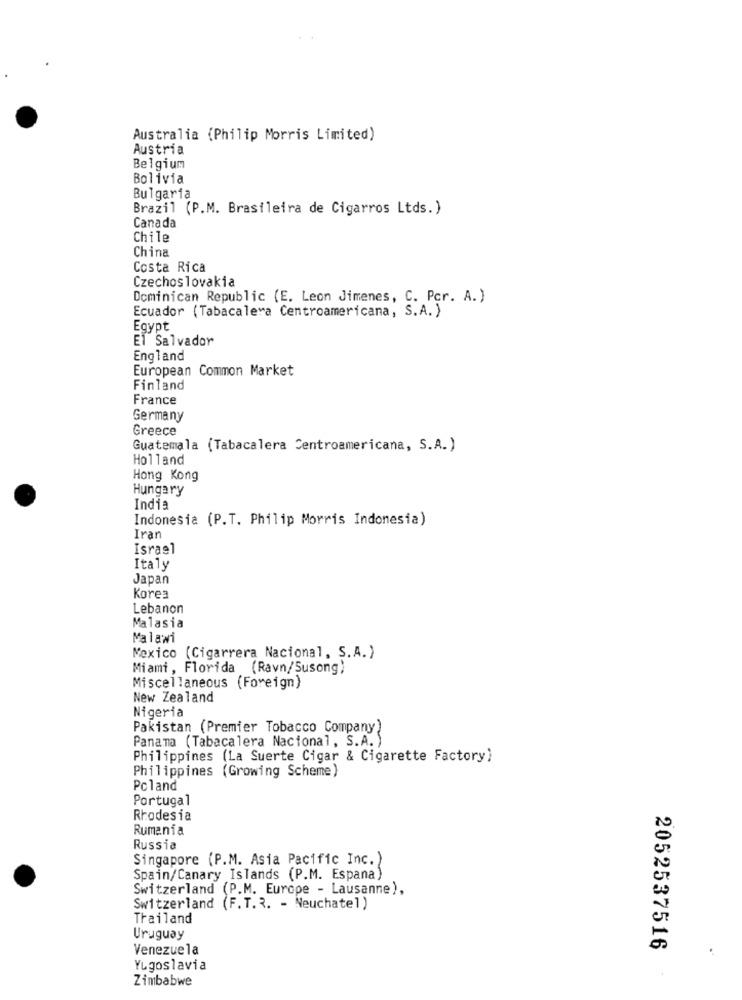
Australia (Philip Morris Limited)
Austria
Belgium
Bolivia
Bulgaria
Brazil (P.M. Brasileira de Cigarros Ltds.)
Canada
Chile
China
Costa Rica
Czechoslovakia
Dominican Republic (E. Leon Jimenes, C. Pcr. A.)
Ecuador (Tabacalera Centroamericana, S.A.)
Egypt
El Salvador
England
European Common Market
Finland
France
Germany
Greece
Guatemala (Tabacalera Centroamericana, S.A.)
Holland
Hong Kong
Hungary
India
Indonesia (P.T. Philip Morris Indonesia)
Iran
Israel
Italy
Japan
Kores
Lebanon
Malasia
Malawi
Mexico (Cigarrera Nacional, S.A.)
Miami, Florida (Ravn/Susong)
Miscellaneous (Foreign)
New Zealand
Nigeria
Pakistan (Premier Tobacco Company)
Panama (Tabacalera Nacional, S.A. )
Philippines (La Suerte Cigar & Cigarette Factory)
Philippines (Growing Scheme)
Pcland
Portugal
Rhodesia
Rumania
Russia
Singapore (P.M. Asia Pacific Inc.)
Spain/Canary Islands (P.M. Espana)
Switzerland (P.M. Europe - Lausanne),
Switzerland (F. T.3. - Neuchatel)
Thailand
Uruguay
Venezuela
2052537516
Yugoslavia
Zimbabwe